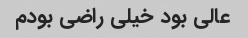
عالی بود خیلی راضی بودم